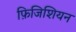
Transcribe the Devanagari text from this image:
फ़िजिशियन